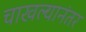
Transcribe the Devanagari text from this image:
चाखल्यानंतर